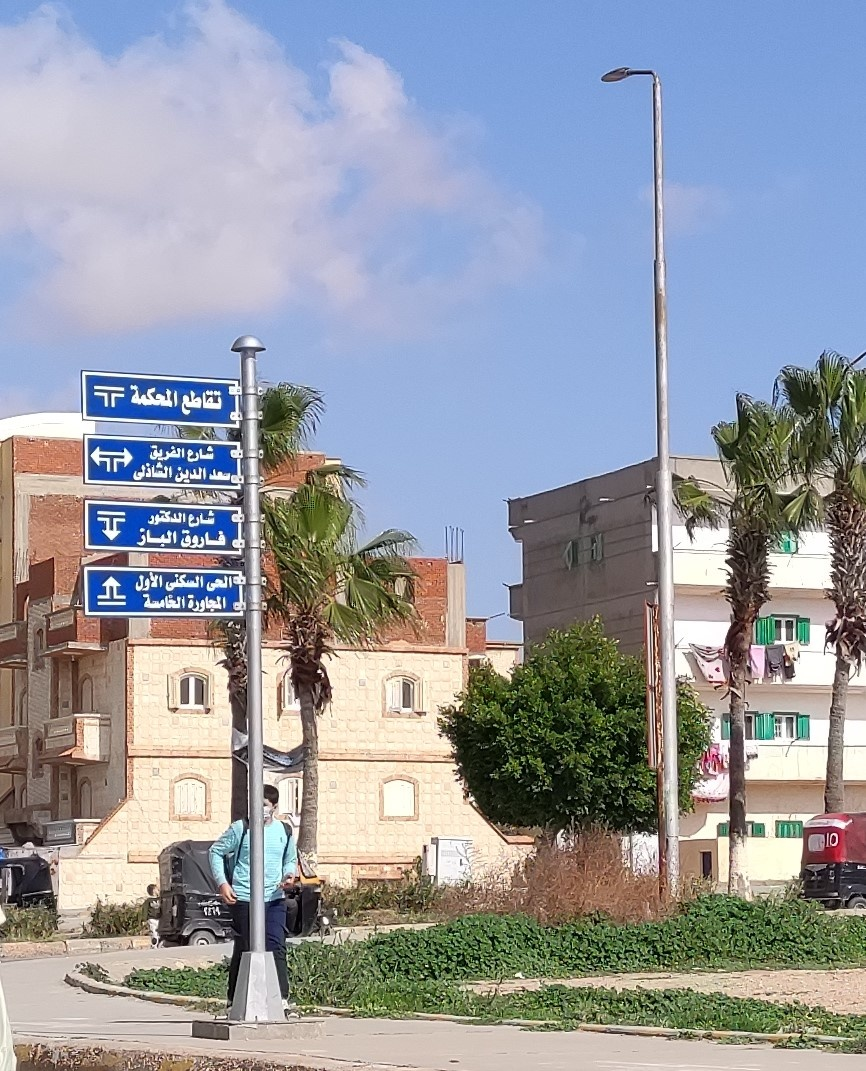
Text in image: المحكمة تقاطع الفريق شارع الشاذلى الدين سعد الدكتور شارع الباز فاروق الأول السكنى الحى الخامسة المجاورة